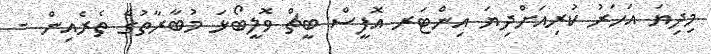
މިދިޔަ އަހަރު ކުރިއަށްދިޔަ އިންޓަރ އޮފީސް ބީޗް ވޮލީބޯޅަ މުބާރާތުގެ ތެރެއިން -